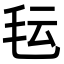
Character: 𬆽